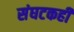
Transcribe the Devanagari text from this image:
संघटकही